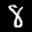
Label: 8